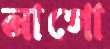
নাগো